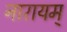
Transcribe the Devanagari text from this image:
नारायम्